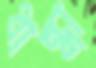
ধান্ধা